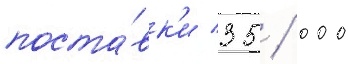
поста́вк'и 35 / 000